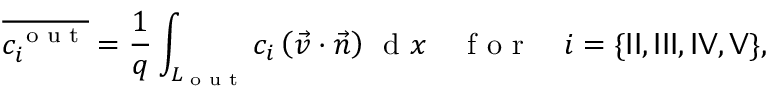
\overline { { c _ { i } ^ { \textrm { o u t } } } } = \frac { 1 } { q } \int _ { L _ { \textrm { o u t } } } c _ { i } \left( \vec { v } \cdot \vec { n } \right) \, { \textrm { d } } x \quad \textrm { f o r } \quad i = \{ { \sf I I } , { \sf I I I } , { \sf I V } , { \sf V } \} ,